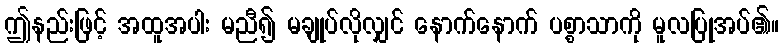
ဤနည်းဖြင့် အထူအပါး မညီ၍ မချုပ်လိုလျှင် နောက်နောက် ပစ္စာသာကို မူလပြုအပ်၏။